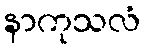
နာကုသလံ